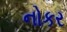
નોકર